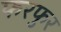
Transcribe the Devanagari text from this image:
फरफुर